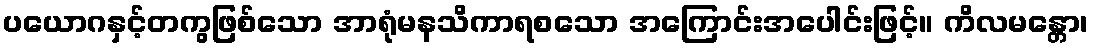
ပယောဂနှင့်တကွဖြစ်သော အာရုံမနသိကာရစသော အကြောင်းအပေါင်းဖြင့်။ ကိလမန္တော၊